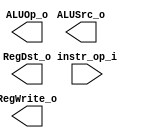
module Decoder( instr_op_i, RegWrite_o,	ALUOp_o, ALUSrc_o, RegDst_o );
     
//I/O ports
input	[6-1:0] instr_op_i;

output			RegWrite_o;
output	[3-1:0] ALUOp_o;
output			ALUSrc_o;
output			RegDst_o;
 
//Internal Signals
wire	[3-1:0] ALUOp_o;
wire			ALUSrc_o;
wire			RegWrite_o;
wire			RegDst_o;

//Main function
/*your code here*/

endmodule